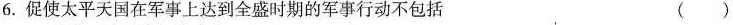
6.促使太平天国在军事上达到全盛时期的军事行动不包括 ( )